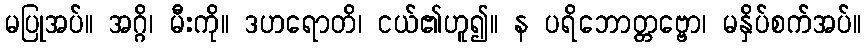
မပြုအပ်။ အဂ္ဂိ၊ မီးကို။ ဒဟရောတိ၊ ငယ်၏ဟူ၍။ န ပရိဘောတ္တဗ္ဗော၊ မနှိပ်စက်အပ်။